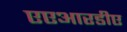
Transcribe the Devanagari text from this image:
एएआरडीए